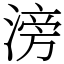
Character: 滂